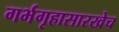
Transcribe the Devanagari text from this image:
गर्भगृहासारखेच